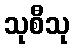
သုစီသု